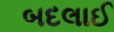
બદલાઈ